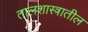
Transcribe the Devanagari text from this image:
तालशास्त्रातील